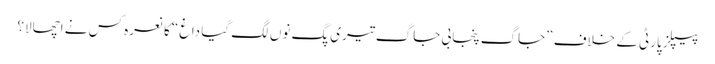
پیپلز پارٹی کے خلاف ”جاگ پنجابی جاگ تیری پگ نوں لگ گیا داغ“ کا نعرہ کس نے اچھالا؟